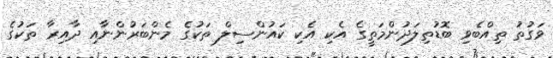
ވަގުތު ތިއްބެވި ބޮޑުތިލަދުންމަތީގެ އެކި އެކި ކައުންސިލް ތަކުގެ މެންބަރުންނާއި ދާއިރާ ތަކުގެ